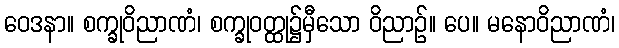
ဝေဒနာ။ စက္ခုဝိညာဏံ၊ စက္ခုဝတ္ထု၌မှီသော ဝိညာဉ်။ ပေ။ မနောဝိညာဏံ၊